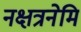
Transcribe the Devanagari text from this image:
नक्षत्रनेमि